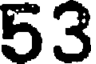
53